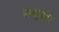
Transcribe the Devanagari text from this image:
ढालुआं।